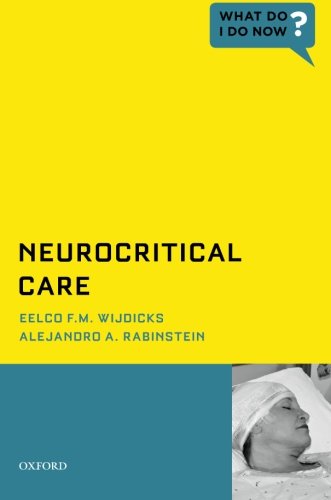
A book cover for Neurocritical Care (What Do I Do Now); Eelco F.M. Wijdicks; Medical Books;